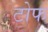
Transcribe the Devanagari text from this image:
टोफ